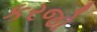
કરજો